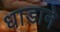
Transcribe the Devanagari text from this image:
धाडाने